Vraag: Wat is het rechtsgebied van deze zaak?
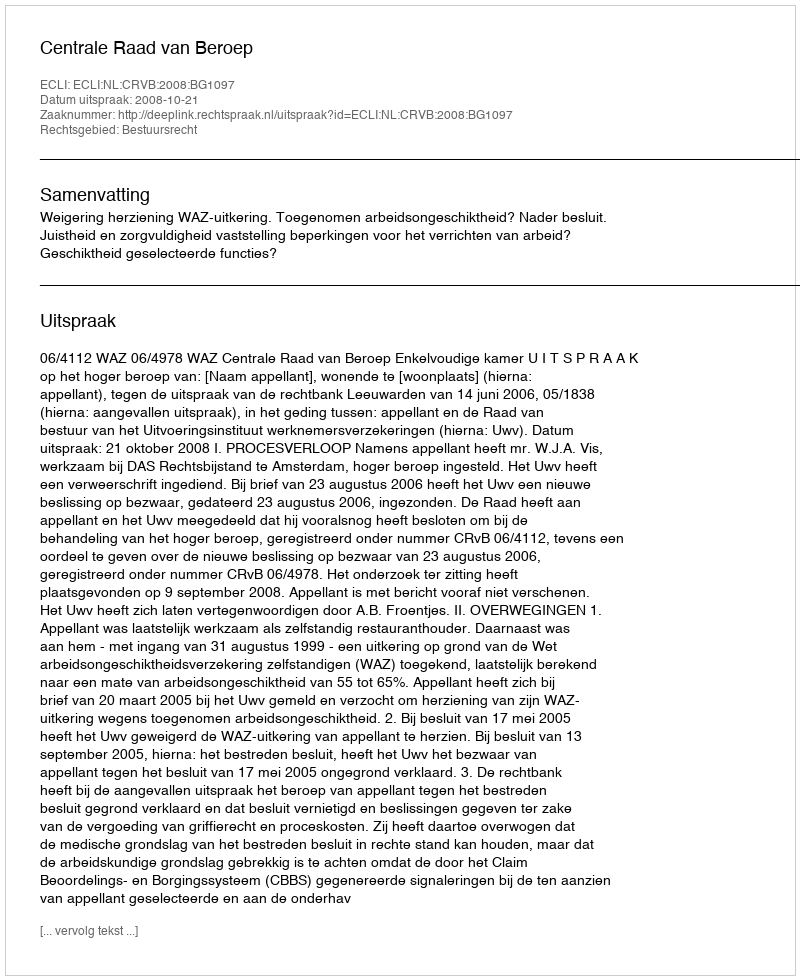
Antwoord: Bestuursrecht